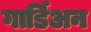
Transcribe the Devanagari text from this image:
गार्डिअन